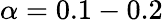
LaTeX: \alpha=0.1-0.2